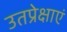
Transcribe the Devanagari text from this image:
उतप्रेक्षाएं